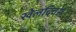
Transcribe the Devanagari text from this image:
खेलदिवस